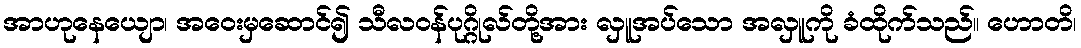
အာဟုနေယျော၊ အဝေးမှဆောင်၍ သီလဝန်ပုဂ္ဂိုလ်တို့အား လှူအပ်သော အလှူကို ခံထိုက်သည်။ ဟောတိ၊